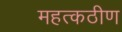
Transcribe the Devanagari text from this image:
महत्कठीण